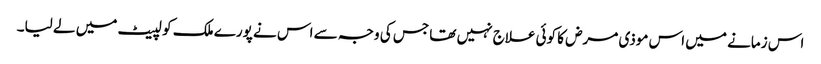
اس زمانے میں اس موذی مرض کا کوئی علاج نہیں تھا جس کی وجہ سے اس نے پورے ملک کو لپیٹ میں لے لیا۔